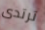
ترتدى